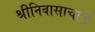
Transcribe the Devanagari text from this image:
श्रीनिवासाचारी